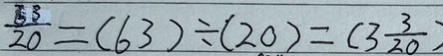
\frac { 5 3 } { 2 0 } = ( 6 3 ) \div ( 2 0 ) = ( 3 \frac { 3 } { 2 0 } )